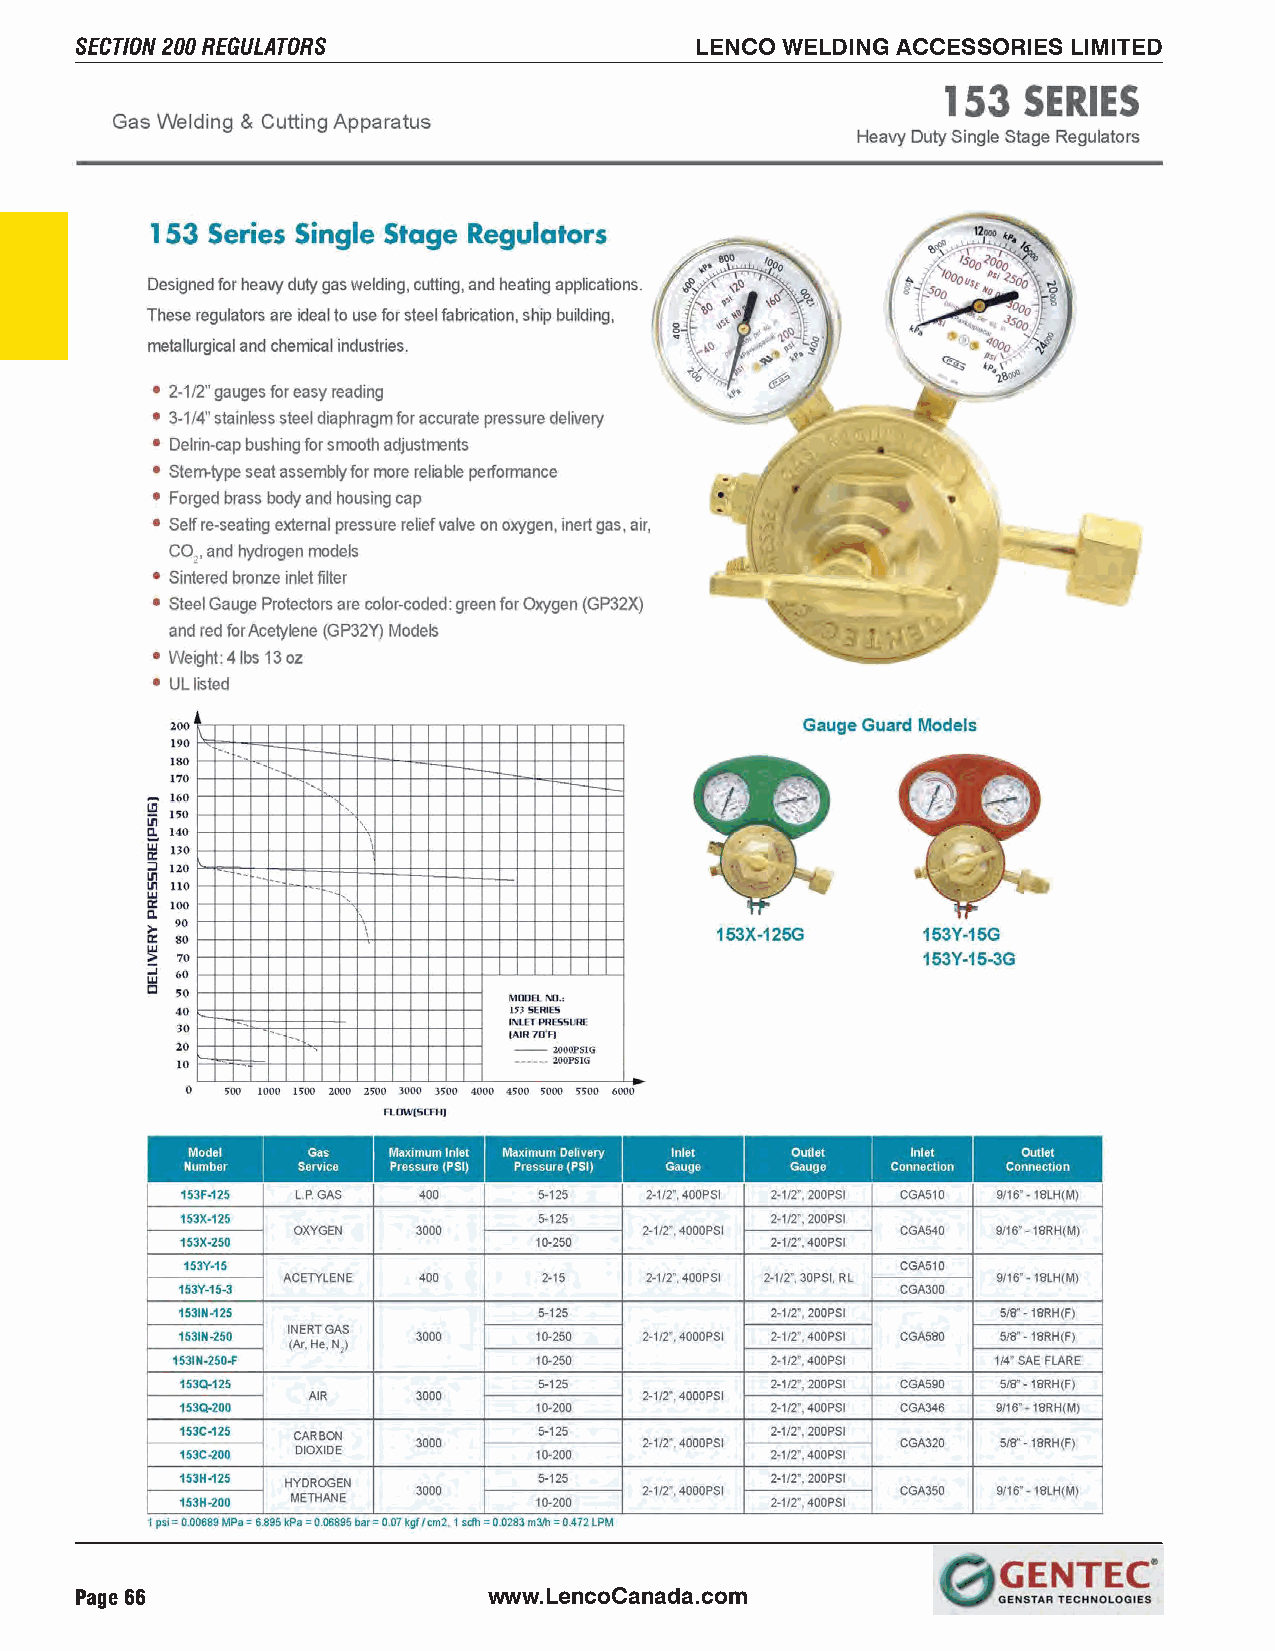
SECTION 200 REGULATORS                   LENCO WELDING ACCESSORIES LIMITED
 Page 66                    www.LencoCanada.com